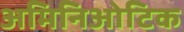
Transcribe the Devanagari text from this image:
अमिनिओटिक